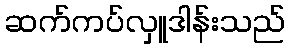
ဆက်ကပ်လှူဒါန်းသည်